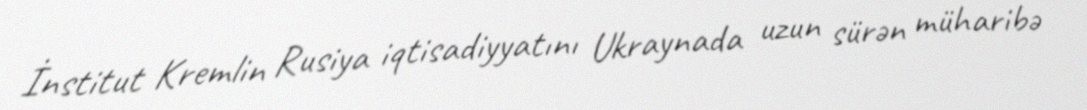
İnstitut Kremlin Rusiya iqtisadiyyatını Ukraynada uzun sürən müharibə